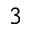
3